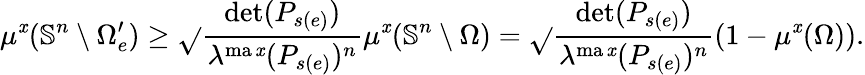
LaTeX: \mu^{\mathit{x}}(\mathbb{{S}}^{n}\setminus\Omega_{e}^{\prime})\geq\sqrt{}{{\frac{{\operatorname*{det}(P_{s(e)})}}{{\lambda^{\operatorname*{ma\mathit{x}}}(P_{s(e)})^{n}}}}}\mu^{\mathit{x}}(\mathbb{{S}}^{n}\setminus\Omega)=\sqrt{}{{\frac{{\operatorname*{det}(P_{s(e)})}}{{\lambda^{\operatorname*{ma\mathit{x}}}(P_{s(e)})^{n}}}}}(1-\mu^{\mathit{x}}(\Omega)).